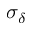
\sigma _ { \delta }